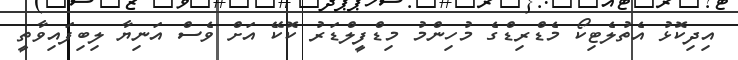
އިދިކޮޅު އެތުލެޓިކޯ މެޑްރިޑްގެ މުހިންމު މިޑްފީލްޑަރު ކޮކޭ އަށް ވެސް އަނިޔާ ލިބިފައިވާތީ